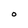
Character: O